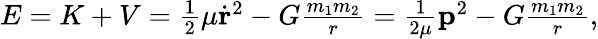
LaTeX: \begin{array}{r}{E=K+V={\frac{1}{2}}\mu\dot{\mathbf r}^{2}-G\frac{m_{1}m_{2}}{r}=\frac{1}{2\mu}{\mathbf p}^{2}-G\frac{m_{1}m_{2}}{r},}\end{array}